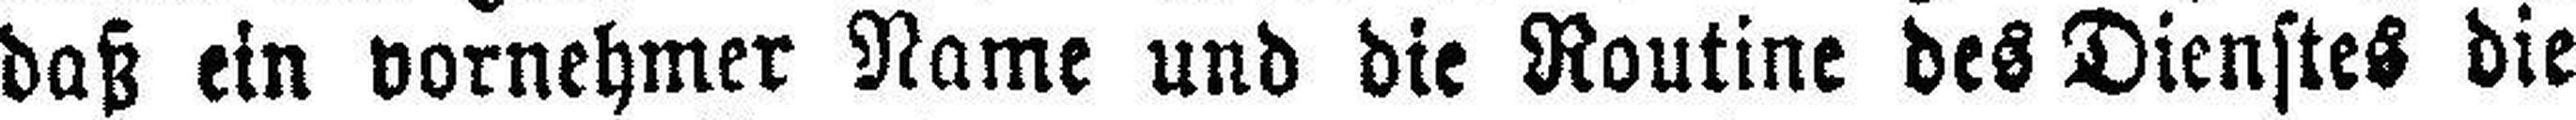
daß ein vornehmer Name und die Routine des Dienstes die